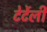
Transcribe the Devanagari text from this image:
टेर्टेली